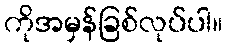
ကိုအမှန်ခြစ်လုပ်ပါ။